Senior Leaving Certificate Examination (including Day School Certificate (Higher) General paper), 1950
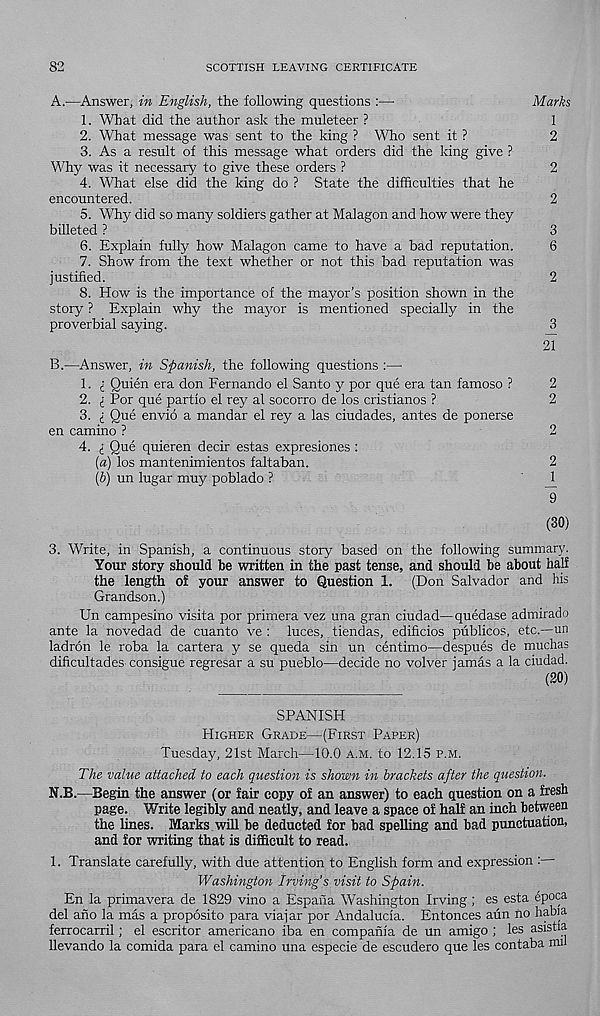
82
SCOTTISH LEAVING CERTIFICATE
A.-—Answer, in English, the following questions :—
Marks
1. What did the author ask the muleteer ?
1
2. What message was sent to the king ? Who sent it ?
2
3. As a result of this message what orders did the king give ?
Why was it necessary to give these orders ?
2
4. What else did the king do ? State the difficulties that he
encountered.
2
5. Why did so many soldiers gather at Malagon and how were they
billeted ?
3
6. Explain fully how Malagon came to have a bad reputation.
6
7. Show from the text whether or not this bad reputation was
justified.
2
8. How is the importance of the mayor’s position shown in the
story ? Explain why the mayor is mentioned specially in the
proverbial saying.
3
21
B.—Answer, in Spanish, the following questions :—
1. d Quien era don Fernando el Santo y por que era tan famoso ?
2
2. i Por que partio el rey al socorro de los cristianos ?
2
3. Que envio a mandar el rey a las ciudades, antes de ponerse
en camino ?
2
4. (_ Que quieren decir estas expresiones :
(a) los mantenimientos faltaban.
2
(b) un lugar muy poblado ?
J_
9
(30)
3. Write, in Spanish, a continuous story based on the following summary.
Your story should be written in the past tense, and should be about half
the length of your answer to Question 1. (Don Salvador and his
Grandson.)
Un campesino visita por primera vez una gran ciudad—quedase admirado
ante la novedad de cuanto ve : luces, tiendas, edificios publicos, etc.—un
ladron le roba la cartera y se queda sin un centime—despues de muchas
dificultades consigue regresar a su pueblo—decide no volver jamas a la ciudad.
(20)
SPANISH
Higher Grade—(First Paper)
Tuesday, 21st March—10.0 a.m. to 12.15 p.m.
The value attached to each question is shown in brackets after the question.
N.B.—Begin the answer (or fair copy of an answer) to each question on a fresh
page. Write legibly and neatly, and leave a space of half an inch between
the lines. Marks will be deducted for bad spelling and bad punctuation,
and for writing that is difficult to read.
1. Translate carefully, with due attention to English form and expression :
Washington Irving’s visit to Spain.
En la primavera de 1829 vino a Espafia Washington Irving; es esta epoca
del ano la mas a proposito para viajar por Andalucia. Entonces aun no habia
ferrocarril; el escritor americano iba en compania de un amigo ; les asistia
llevando la comida para el camino una especie de escudero que les contaba mil